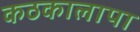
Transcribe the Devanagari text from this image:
कठकालापा